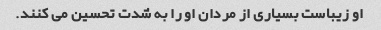
او زیباست بسیاری از مردان او را به شدت تحسین می کنند.